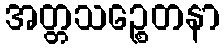
အတ္တသဉ္စေတနာ